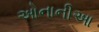
ઓનાનીઆ